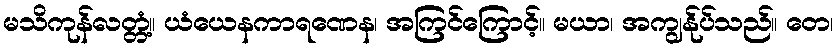
မသိကုန်လတ္တံ့။ ယံယေနကာရဏေန၊ အကြင်ကြောင့်။ မယာ၊ အကျွန်ုပ်သည်။ တေ၊